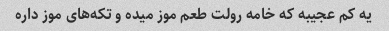
یه کم عجیبه که خامه رولت طعم موز میده و تکه‌های موز داره